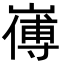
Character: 𭗚